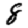
Digit: 8